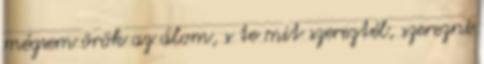
mégsem örök az álom, s te mit szereztél, szerezni